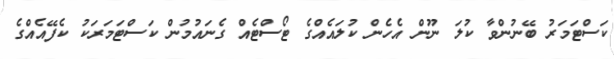
ކަސްޓަމަރު ބޭނުންވާ ކުލަ ނޫން އެހެން ކުލައެއްގެ ޓޯސްޓެއް ގެނައުމުން ކަސްޓަމަރަކު ކެފޭއެއްގެ